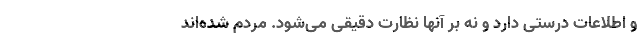
و اطلاعات درستی دارد و نه بر آنها نظارت دقیقی می‌شود. مردم شده‌اند